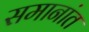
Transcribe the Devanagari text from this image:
समानांत